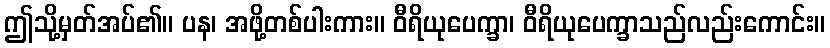
ဤသို့မှတ်အပ်၏။ ပန၊ အဖို့တစ်ပါးကား။ ဝီရိယုပေက္ခာ၊ ဝီရိယုပေက္ခာသည်လည်းကောင်း။